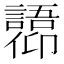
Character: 𫤋